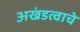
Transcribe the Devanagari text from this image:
अखंडत्वाचे